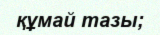
құмай тазы;